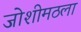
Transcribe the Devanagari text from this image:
जोशीमठला